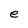
Character: e